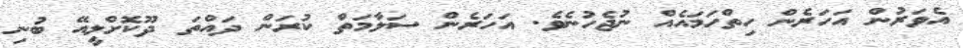
އެވަރުން އަހަރެން ހިތްހަމައެއް ނުޖެހުނެވެ. އަހަރެން ސަލާމަތް ކުރަން ދައްތަ ދޫކޮށްލީއޭ ބުނި